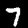
Label: 7